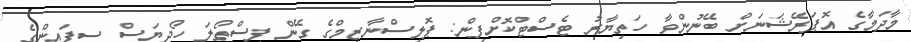
މާދަމާގެ އޮޕަރޭޝަނަށް ބޭނުންވާ ހަތިޔާރު ޓެސްޓްކޮށްފިން: ޕޮލިސްނާޒިމްގެ ގޭން ފިސްތޯލަ ހޯދިޔަސް ސިފައިންގެ